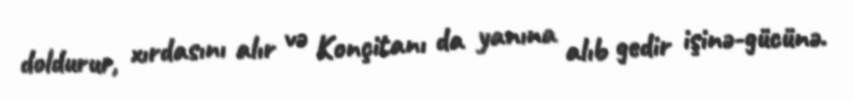
doldurur, xırdasını alır və Konçitanı da yanına alıb gedir işinə-gücünə.